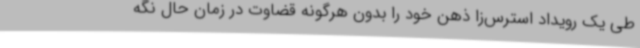
طی یک رویداد استرس‌زا ذهن خود را بدون هرگونه قضاوت در زمان حال نگه